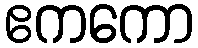
ဧကကော